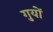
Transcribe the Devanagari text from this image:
गुयों